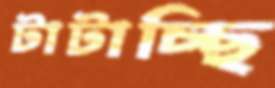
টাটাচ্ছি